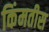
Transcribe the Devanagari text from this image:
किंमतीस